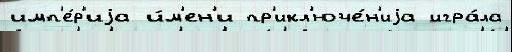
имп'е́р'иjа и́м'ен'и пр'икл'юче́н'иjа игра́ла